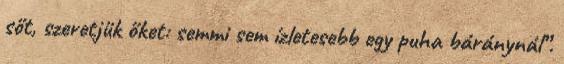
sőt, szeretjük őket: semmi sem ízletesebb egy puha báránynál”.